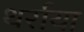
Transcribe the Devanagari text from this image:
थर्राया